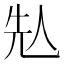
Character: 𠈣